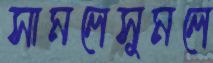
সামলেসুমলে